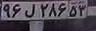
۹۶ل۲۸۶۵۳